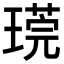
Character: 𪼒